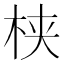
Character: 𬂩